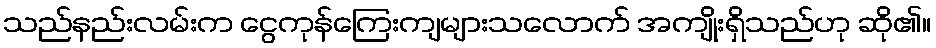
သည်နည်းလမ်းက ငွေကုန်ကြေးကျများသလောက် အကျိုးရှိသည်ဟု ဆို၏။